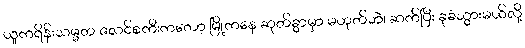
ယူကရိန်းသမ္မတ ဇလင်စကီးကတော့ မြို့ကနေ ဆုတ်ခွာမှာ မဟုတ်ဘဲ၊ ဆက်ပြီး ခုခံသွားမယ်လို့